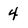
Character: 4